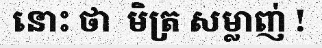
នោះ ថា  មិត្រ សម្លាញ់ !